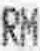
RM